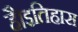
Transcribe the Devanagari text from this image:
है।इतिहास